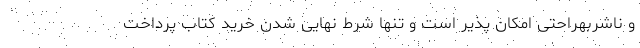
و ناشربهراحتی امکان پذیر است و تنها شرط نهایی شدن خرید کتاب پرداخت